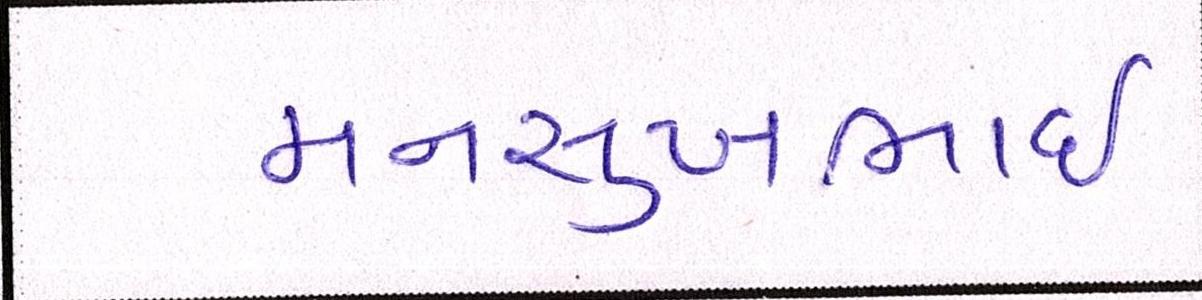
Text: મનસુખભાઈ